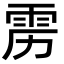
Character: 雳